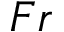
F r